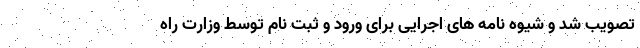
تصویب شد و شیوه نامه های اجرایی برای ورود و ثبت نام توسط وزارت راه